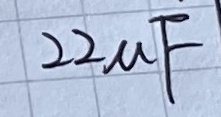
Text: 22µF